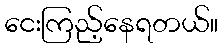
ငေးကြည့်နေရတယ်။